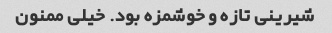
شیرینی تازه و خوشمزه بود. خیلی ممنون